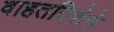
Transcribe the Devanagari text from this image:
वाहतदिशेने